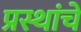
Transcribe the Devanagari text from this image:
प्रस्थांचे